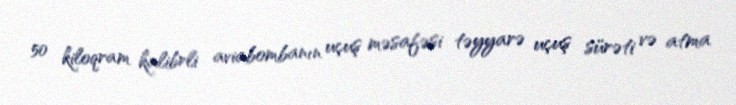
50 kiloqram kalibrli aviabombanın uçuş məsafəsi təyyarə uçuş sürəti və atma